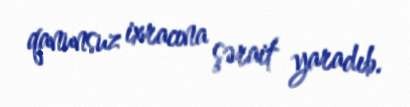
qanunsuz ixracına şərait yaradıb.